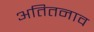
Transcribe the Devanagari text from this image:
अतितनाव